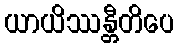
ယာယိဿန္တီတိပေ